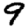
Digit: 9